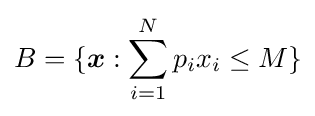
B=\{{\boldsymbol {x}}:\sum _{i=1}^{N}p_{i}x_{i}\leq M\}